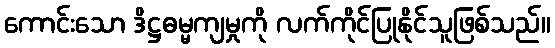
ကောင်းသော ဒိဋ္ဌဓမ္မကျမှုကို လက်ကိုင်ပြုနိုင်သူဖြစ်သည်။